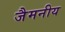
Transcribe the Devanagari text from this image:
जैमनीय